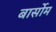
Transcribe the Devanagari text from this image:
बार्सोम